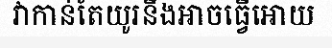
វាកាន់តែយូរនឹងអាចធ្វើអោយ